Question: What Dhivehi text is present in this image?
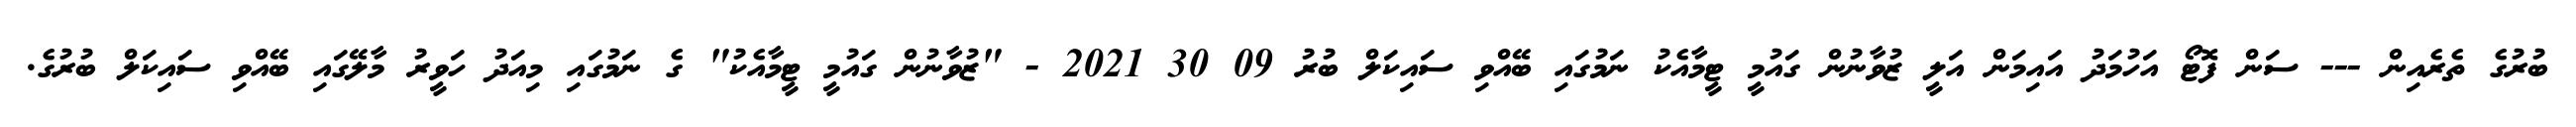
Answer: ބުރުގެ ތެރެއިން --- ސަން ފޮޓޯ އަހުމަދު އައިމަން އަލީ ޒުވާނުން ގައުމީ ޓީމާއެކު ނަމުގައި ބޭއްވި ސައިކަލް ބުރު 09 30 2021 - "ޒުވާނުން ގައުމީ ޓީމާއެކު" ގެ ނަމުގައި މިއަދު ހަވީރު މާލޭގައި ބޭއްވި ސައިކަލް ބުރުގެ.